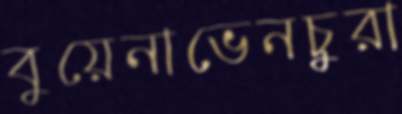
বুয়েনাভেনচুরা